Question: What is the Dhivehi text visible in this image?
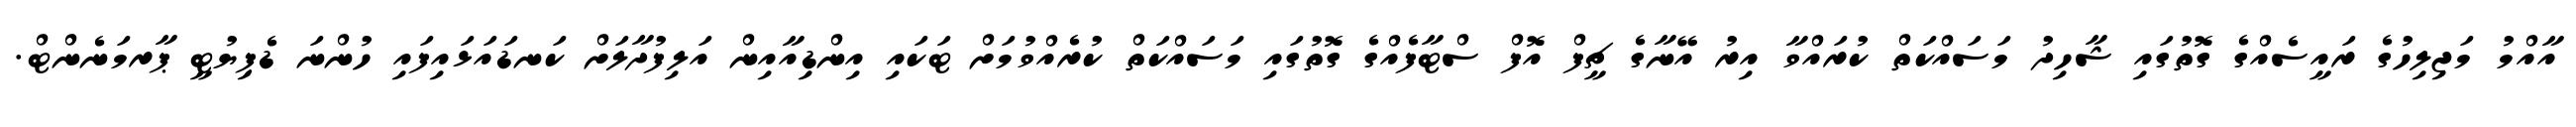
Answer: އާއްމު މަޖިލިހުގެ ރައީސެއްގެ ގޮތުގައި ޝާހިދު މަސައްކަތް ކުރައްވާ އިރު އޭނާގެ ޗީފް އޮފް ސްޓާފެއްގެ ގޮތުގައި މަސައްކަތް ކުރެއްވުމަށް ޓަކައި އިންޑިއާއިން އަލިފުދާލަށް ކަނޑައަޅައިފައި ހުންނަ ޑެޕިޔުޓީ ޕާރމަނެންޓް.